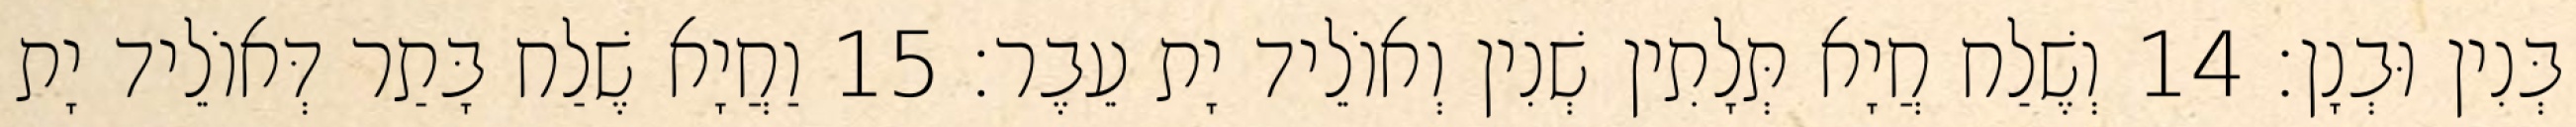
בְּנִין וּבְנָן׃ 14 וְשֶׁלַח חֲיָא תְּלָתִין שְׁנִין וְאוֹלֵיד יָת עֵבֶר׃ 15 וַחֲיָא שֶׁלַח בָּתַר דְּאוֹלֵיד יָת